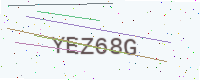
Text: YEZ68G